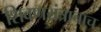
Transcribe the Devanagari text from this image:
शिवणयंत्राचाच